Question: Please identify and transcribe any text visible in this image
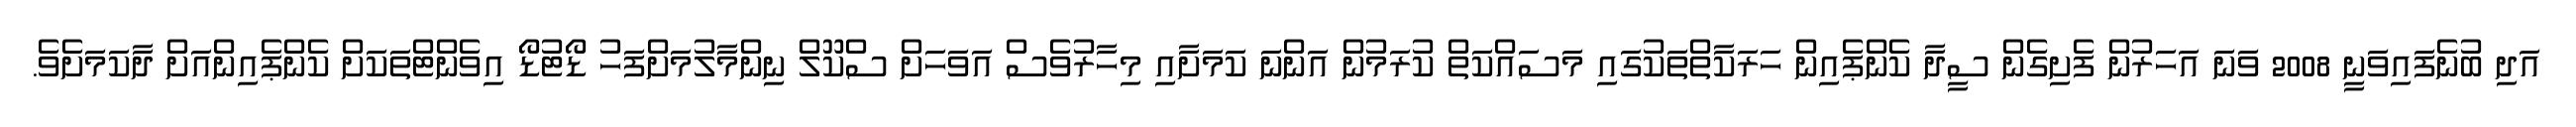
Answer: އަދި ބުނެފައިވަނީ 2008 ވަނަ އަހަރުން ފެށިގެން ސީދާ ކެންޕެއިން ހަރަކާތްތަކުގައި މަސައްކަތް ކުރަމުން އަންނަ ކަމަށާއި މިހާރުވެސް އަވަހަށް ސްކޫލް ނިންމާލުމަށްފަހު ޑޯޓުޑޯ އިވެންޓްތަކަށް ކެންޕެއިންއަށް ދާކަމަށެވެ.